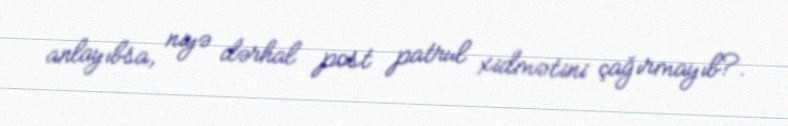
anlayıbsa, niyə dərhal post patrul xidmətini çağırmayıb?.